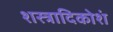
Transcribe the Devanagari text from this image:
शस्त्रादिकोशं